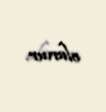
olunur.